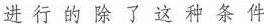
进行的除了这种条件